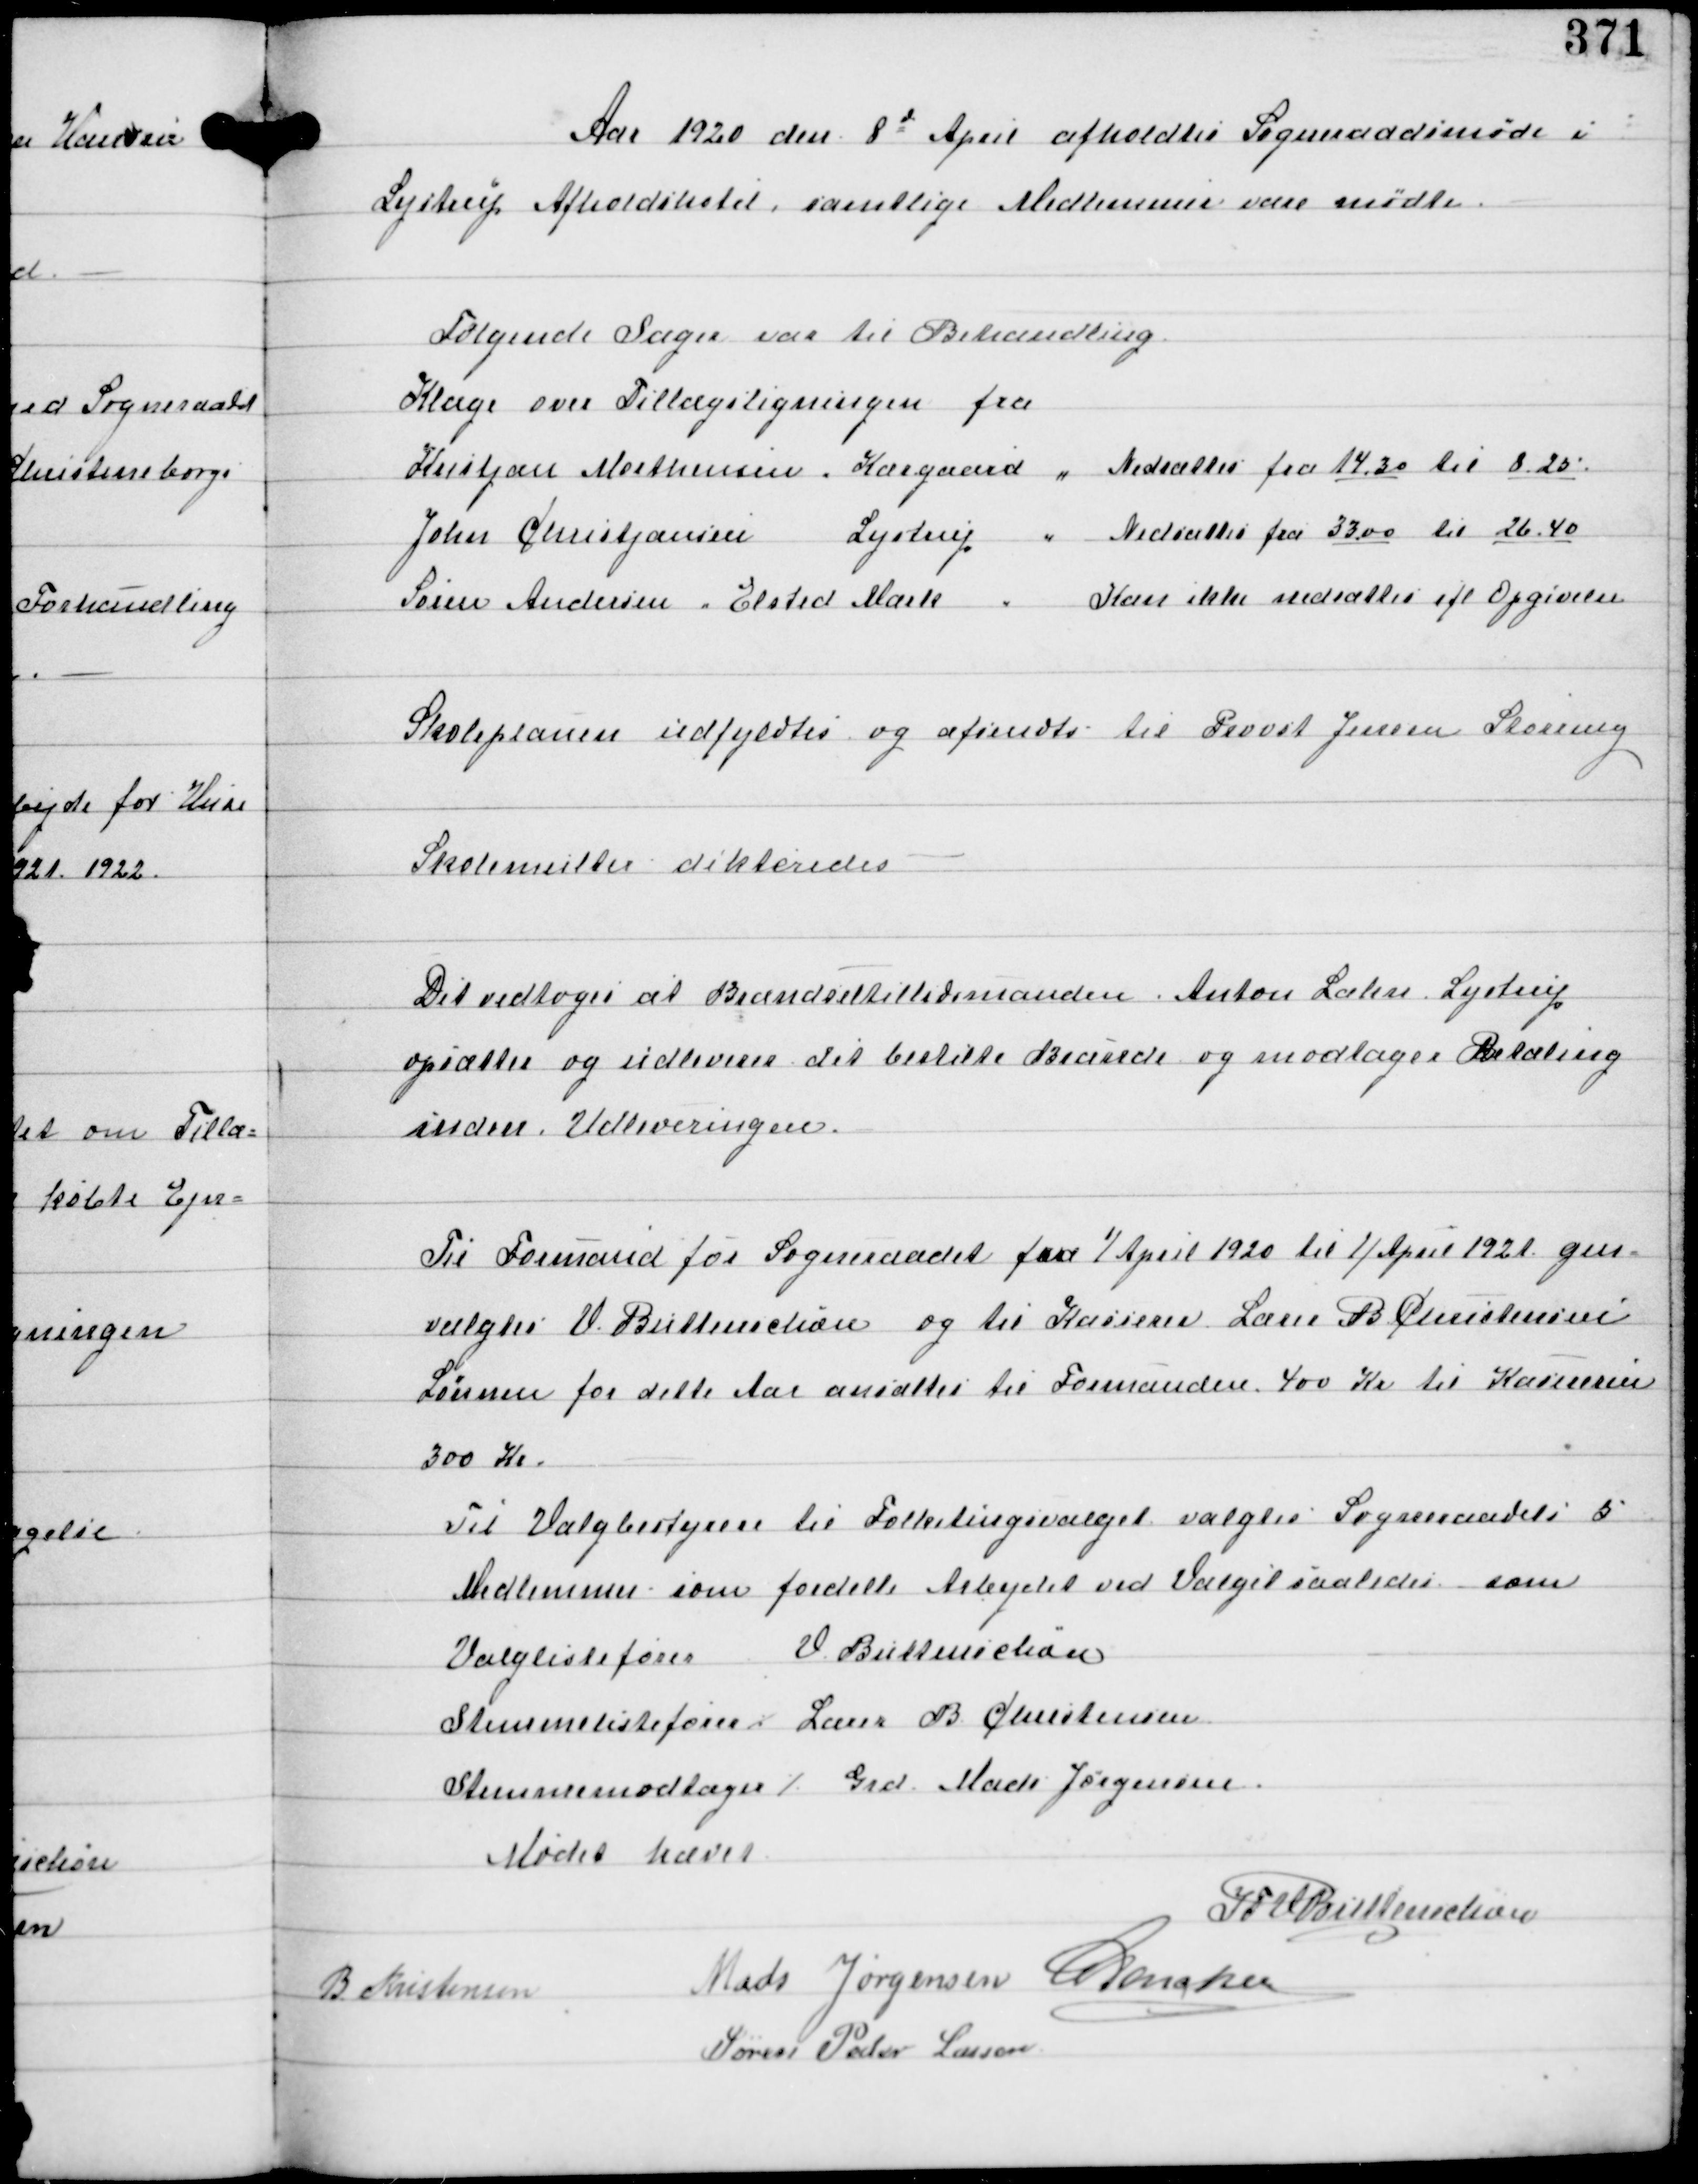
Transskription:
Aar 1920 den 8d April afholdtes Sogneraadsmøde i
Lystrup Afholdshotel samtlige Medlemmer vare mødte.

Følgende Sager var til Behandling
Klager over Tillægsligningen fra
Kristjan Morthensen, Kærgaard " Nedsættes fra 14,30 til 8,25
John Christjansen Lystrup " Nedsættes fra 33,00 til 26,40
Søren Andersen Elsted Mark " Kan ikke nedsættes ifl Opgivelse

Skoleplanen udfyldtes og afsendtes til Provst Jensen Storring

Skolemulkter dikteredes.

Det vedtoges at Brændseltillidsmanden Anton Lahn Lystrup
opsætter og udleverer det bestilte Brænde og modtager Betaling
inden Udleveringen.

Til Formand for Sogneraadet fra 7 April 1920 til 11 April 1921 gen-
valgtes V. Buttenschøn og til Kasserer Lærer B Christensen
Lønnen for dette Aar ansættes til Formanden 400 Kr til Kassereren
300 Kr
Til Valgbestyrere til Folketingsvalget valgtes Sogneraadets 5
Medlemmer som fordelte Arbejdet ved Valget saaledes som
Valglistefører V. Buttenschøn
Stemmelistefører ⁒ Lærer B Christensen
Stemmemodtager ⁒ Grd Mads Jørgensen

Mødet hævet
IFV Buttenschøn
B. Kristensen
Mads Jørgensen C Dencker
Søren Peder Lassen